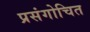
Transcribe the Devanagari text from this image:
प्रसंगोचित